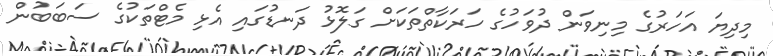
މިދިޔަ އަހަރުގެ މިނިވަން ދުވަހުގެ ހަރަކާތްތަކަށް ގަލޮޅު ދަނޑުގައި އެޅި މެޓްތަކުގެ ސަބަބުން